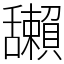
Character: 𦧺